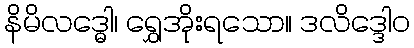
နိမိလဒ္ဓေါ၊ ရွှေအိုးရသော။ ဒလိဒ္ဒေါဝ